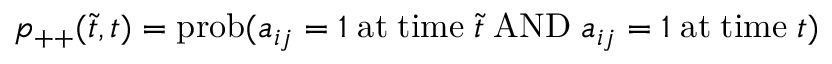
p _ { + + } ( \tilde { t } , t ) = \mathrm { p r o b } ( a _ { i j } = 1 \; \mathrm { a t } \; \mathrm { t i m e } \; \tilde { t } \; \mathrm { A N D } \; a _ { i j } = 1 \; \mathrm { a t } \; \mathrm { t i m e } \; t )